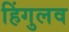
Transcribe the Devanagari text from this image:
हिंगुलव